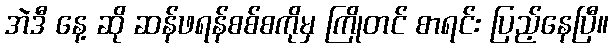
အဲဒီ နေ့ ဆို ဆန်ဖရန်စစ်စကိုမှ ကြိုတင် စာရင်း ပြည့်နေပြီ။